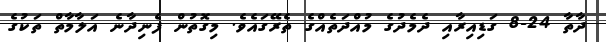
ދާތާ 24-8 ގަޑިއިރާއި ދެމެދުގެ މުއްދަތެއްގެ ތެރޭގައެވެ. މިގޮތުން ފެނިދާނެ އަލާމާތް ތަކުގެ